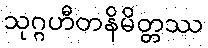
သုဂ္ဂဟီတနိမိတ္တဿ